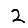
Digit: 2